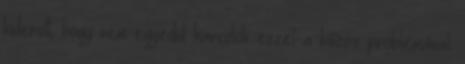
kiderült, hogy nem egyedül harcolok ezzel a bűzös problémával.